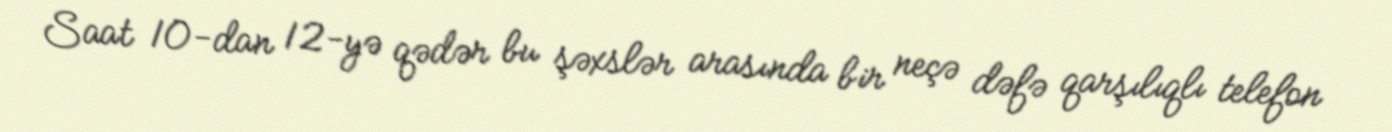
Saat 10-dan 12-yə qədər bu şəxslər arasında bir neçə dəfə qarşılıqlı telefon